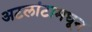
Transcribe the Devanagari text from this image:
अटलांटामधून